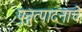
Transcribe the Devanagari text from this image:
पुन्रुत्पादनाचे